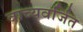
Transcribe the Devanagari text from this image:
वाच्यवर्जित